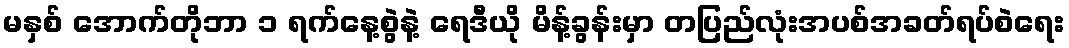
မနှစ် အောက်တိုဘာ ၁ ရက်နေ့စွဲနဲ့ ရေဒီယို မိန့်ခွန်းမှာ တပြည်လုံးအပစ်အခတ်ရပ်စဲရေး